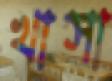
খাসা